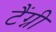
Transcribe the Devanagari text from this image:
टैंग्नी